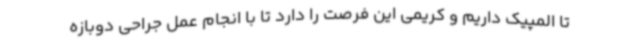
تا المپیک داریم و کریمی این فرصت را دارد تا با انجام عمل جراحی دوبازه